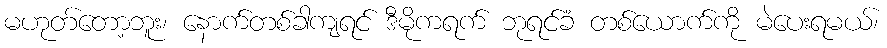
မဟုတ်တော့ဘူး၊ နောက်တစ်ခါကျရင် ဒီမိုကရက် ဘုရင်ခံ တစ်ယောက်ကို မဲပေးရမယ်၊